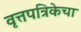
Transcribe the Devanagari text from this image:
वृत्तपत्रिकेचा